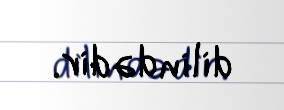
dilindədir.